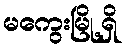
မကွေးမြို့ရှိ